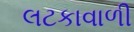
લટકાવાળી